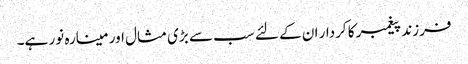
فرزند پیغمبر کا کردار ان کے لئے سب سے بڑی مثال اور مینارہ نور ہے۔